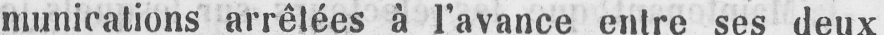
munications arrêtées à l’avance entre ses deux